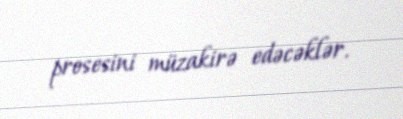
prosesini müzakirə edəcəklər.